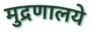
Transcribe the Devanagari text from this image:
मुद्रणालये